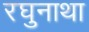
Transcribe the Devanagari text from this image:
रघुनाथा